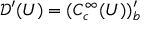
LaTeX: { \mathcal { D } } ^ { \prime } ( U ) = ( C _ { c } ^ { \infty } ( U ) ) _ { b } ^ { \prime }